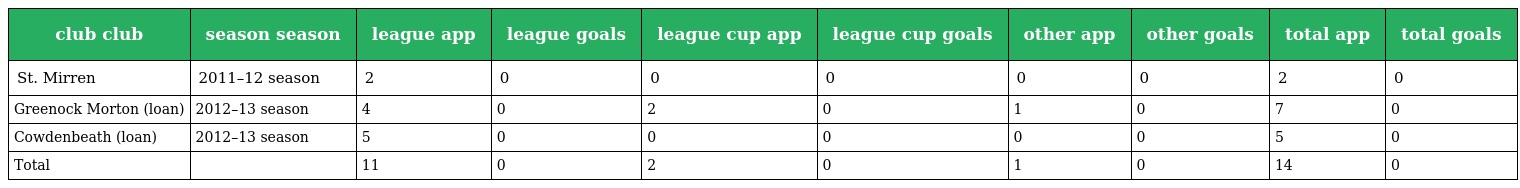
| club club | season season | league app | league goals | league cup app | league cup goals | other app | other goals | total app | total goals |
 | --- | --- | --- | --- | --- | --- | --- | --- | --- | --- |
 | St. Mirren | 2011–12 season | 2 | 0 | 0 | 0 | 0 | 0 | 2 | 0 |
 | Greenock Morton (loan) | 2012–13 season | 4 | 0 | 2 | 0 | 1 | 0 | 7 | 0 |
 | Cowdenbeath (loan) | 2012–13 season | 5 | 0 | 0 | 0 | 0 | 0 | 5 | 0 |
 | Total |  | 11 | 0 | 2 | 0 | 1 | 0 | 14 | 0 |